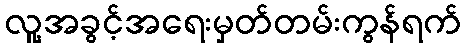
လူ့အခွင့်အရေးမှတ်တမ်းကွန်ရက်